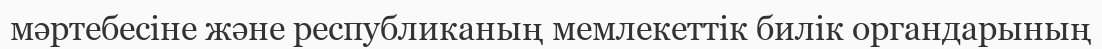
мәртебесіне және республиканың мемлекеттік билік органдарының